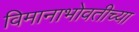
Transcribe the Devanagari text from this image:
विमानाभोवतीच्या